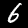
Digit: 6